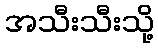
အသီးသီးသို့